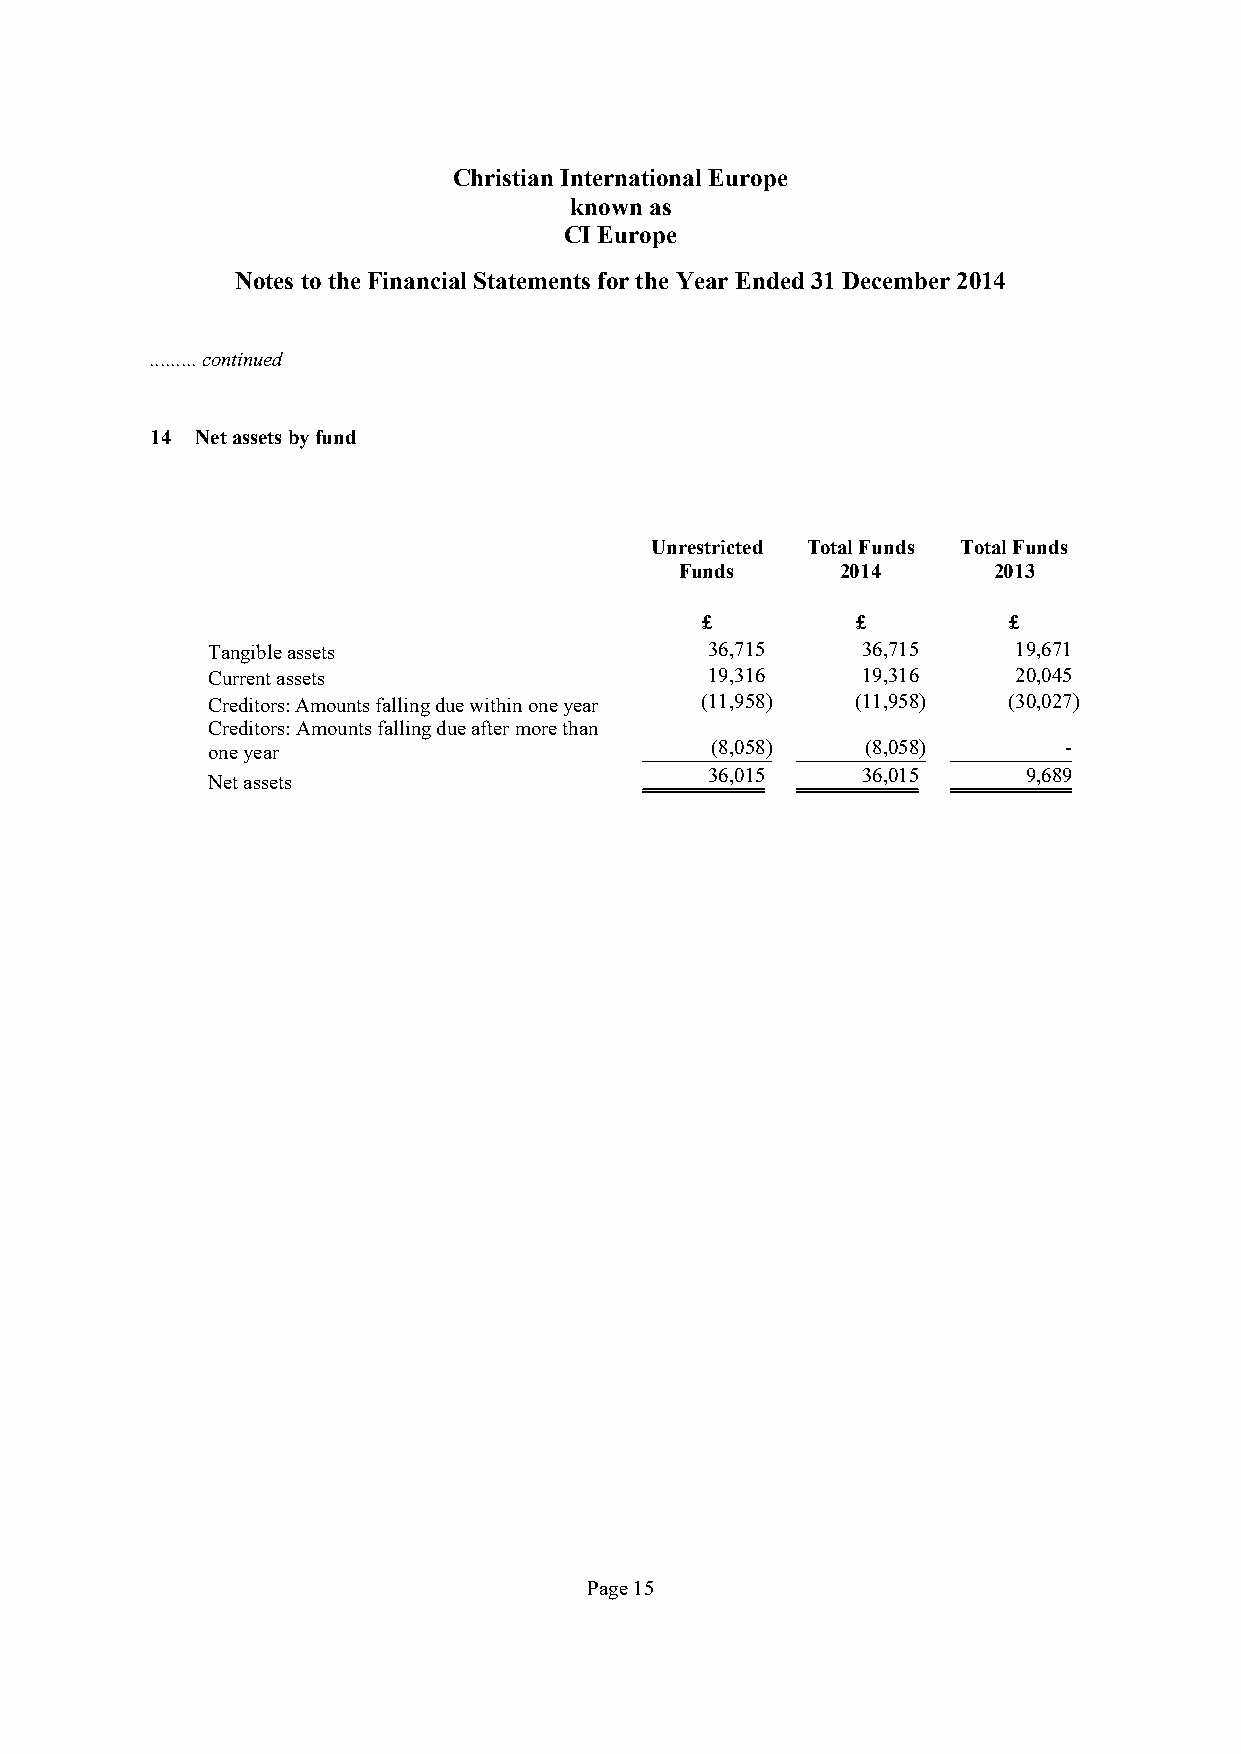
Christian International Europe
 known as
 CI Europe
 Notes to the Financial Statements for the Year Ended31 December 2014
 .........continued
 14 Netassetsbyfund
 Unrestricted Total Funds Total Funds
 Funds      2014      2013
 £          £         £
 Tangible assets                  36,715    36,715    19,671
 Current assets                   19,316    19,316    20,045
 Creditors: Amounts falling due within one year (11,958) (11,958) (30,027)
 Creditors: Amounts falling due after more than
 one year                         (8,058)   (8,058)      -
 36,015    36,015     9,689
 Net assets
 Page15